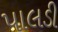
પાલડી